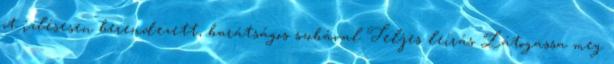
öt ízlésesen berendezett, barátságos szobával Teljes leírás Látogassa meg